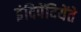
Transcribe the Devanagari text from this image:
इंदिपेंदियेंते